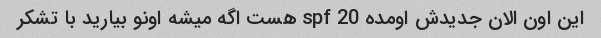
این اون الان جدیدش اومده spf 20 هست اگه میشه اونو بیارید با تشکر